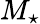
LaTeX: M_{\star}